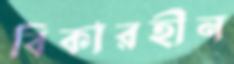
বিকারহীন